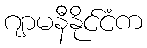
ဂျာမနီနိုင်ငံက